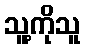
သူ့ကိုသူ